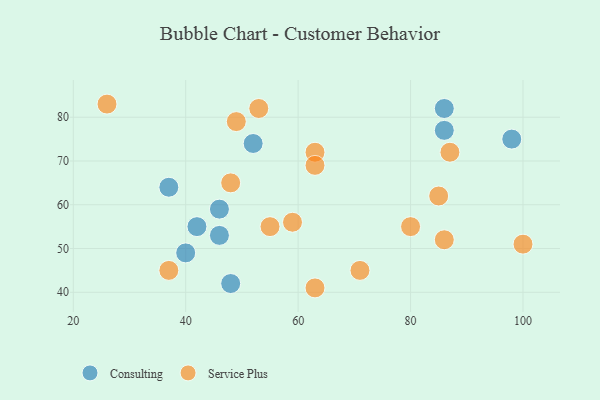
{"axis": {"x": "GDP", "y": "Life Expectancy"}, "legend": ["Consulting", "Service Plus"], "data": [{"x": "46", "y": 59, "type": "Consulting"}, {"x": "48", "y": 42, "type": "Consulting"}, {"x": "98", "y": 75, "type": "Consulting"}, {"x": "52", "y": 74, "type": "Consulting"}, {"x": "46", "y": 53, "type": "Consulting"}, {"x": "86", "y": 77, "type": "Consulting"}, {"x": "42", "y": 55, "type": "Consulting"}, {"x": "40", "y": 49, "type": "Consulting"}, {"x": "86", "y": 82, "type": "Consulting"}, {"x": "37", "y": 64, "type": "Consulting"}, {"x": "26", "y": 83, "type": "Service Plus"}, {"x": "48", "y": 65, "type": "Service Plus"}, {"x": "100", "y": 51, "type": "Service Plus"}, {"x": "49", "y": 79, "type": "Service Plus"}, {"x": "53", "y": 82, "type": "Service Plus"}, {"x": "63", "y": 41, "type": "Service Plus"}, {"x": "71", "y": 45, "type": "Service Plus"}, {"x": "59", "y": 56, "type": "Service Plus"}, {"x": "37", "y": 45, "type": "Service Plus"}, {"x": "63", "y": 72, "type": "Service Plus"}, {"x": "55", "y": 55, "type": "Service Plus"}, {"x": "80", "y": 55, "type": "Service Plus"}, {"x": "87", "y": 72, "type": "Service Plus"}, {"x": "86", "y": 52, "type": "Service Plus"}, {"x": "85", "y": 62, "type": "Service Plus"}, {"x": "63", "y": 69, "type": "Service Plus"}]}